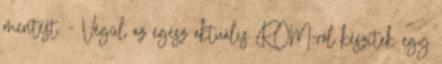
mentést. - Végül az egész aktuális ROM-ról készítek egy